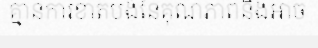
គ្មានការខាតបង់នៃគុណភាពនិងអាច